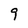
Character: 9